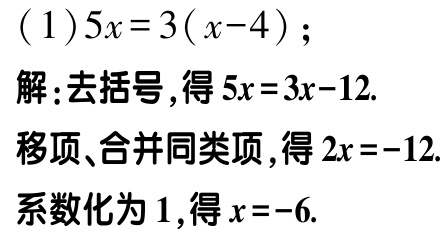
(1) \(5x = 3(x - 4)\);
解:去括号,得 \(5x = 3x - 12\).
移项、合并同类项,得 \(2x = -12\).
系数化为 \(1\),得 \(x = -6\).